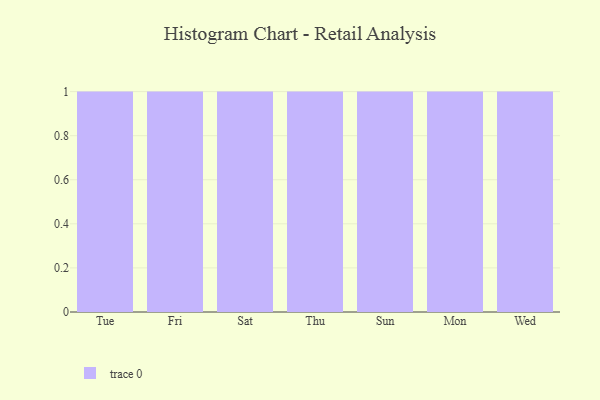
{"axis": {"x": "Day", "y": "Inventory Turnover"}, "legend": [""], "data": [{"x": "Tue", "y": 3, "type": ""}, {"x": "Fri", "y": 38, "type": ""}, {"x": "Sat", "y": 87, "type": ""}, {"x": "Thu", "y": 96, "type": ""}, {"x": "Sun", "y": 87, "type": ""}, {"x": "Mon", "y": 57, "type": ""}, {"x": "Wed", "y": 41, "type": ""}]}